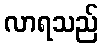
လာရသည်